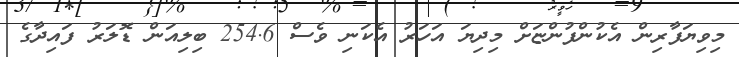
މިވިޔަފާރިން އެކުންފުންޏަށް މިދިޔަ އަހަރު އެކަނި ވެސް 254.6 ބިލިއަން ޑޮލަރު ފައިދާގެ